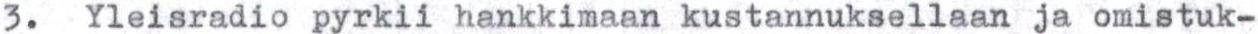
3.  Yleisradio pyrkii hankkimaan kustannuksellaan ja omistuk-